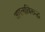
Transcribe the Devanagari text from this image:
अमलाविरूद्ध